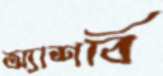
অ্যাশবি